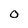
Character: 0